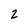
Character: 2